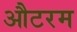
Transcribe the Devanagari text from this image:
औटरम